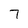
Character: 7